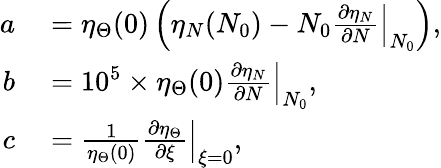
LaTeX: \begin{array}{rl}{a}&{{}=\eta_{\Theta}(0)\left(\eta_{N}(N_{0})-N_{0}\left.\frac{\partial\eta_{N}}{\partial N}\right|_{N_{0}}\right),}\\ {b}&{{}=10^{5}\times\eta_{\Theta}(0)\left.\frac{\partial\eta_{N}}{\partial N}\right|_{N_{0}},}\\ {c}&{{}=\frac{1}{\eta_{\Theta}(0)}\left.\frac{\partial\eta_{\Theta}}{\partial\xi}\right|_{\xi=0},}\end{array}